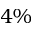
4 \%